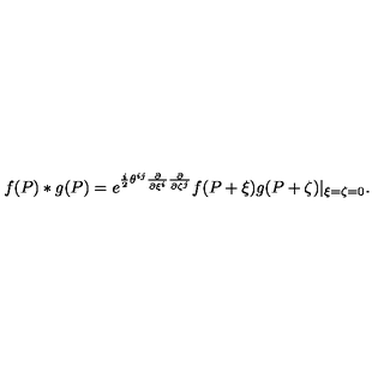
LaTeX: f ( P ) * g ( P ) = e ^ { \frac { i } { 2 } \theta ^ { i j } \frac { \partial } { \partial \xi ^ { i } } \frac { \partial } { \partial \zeta ^ { j } } } f ( P + \xi ) g ( P + \zeta ) | _ { \xi = \zeta = 0 } .